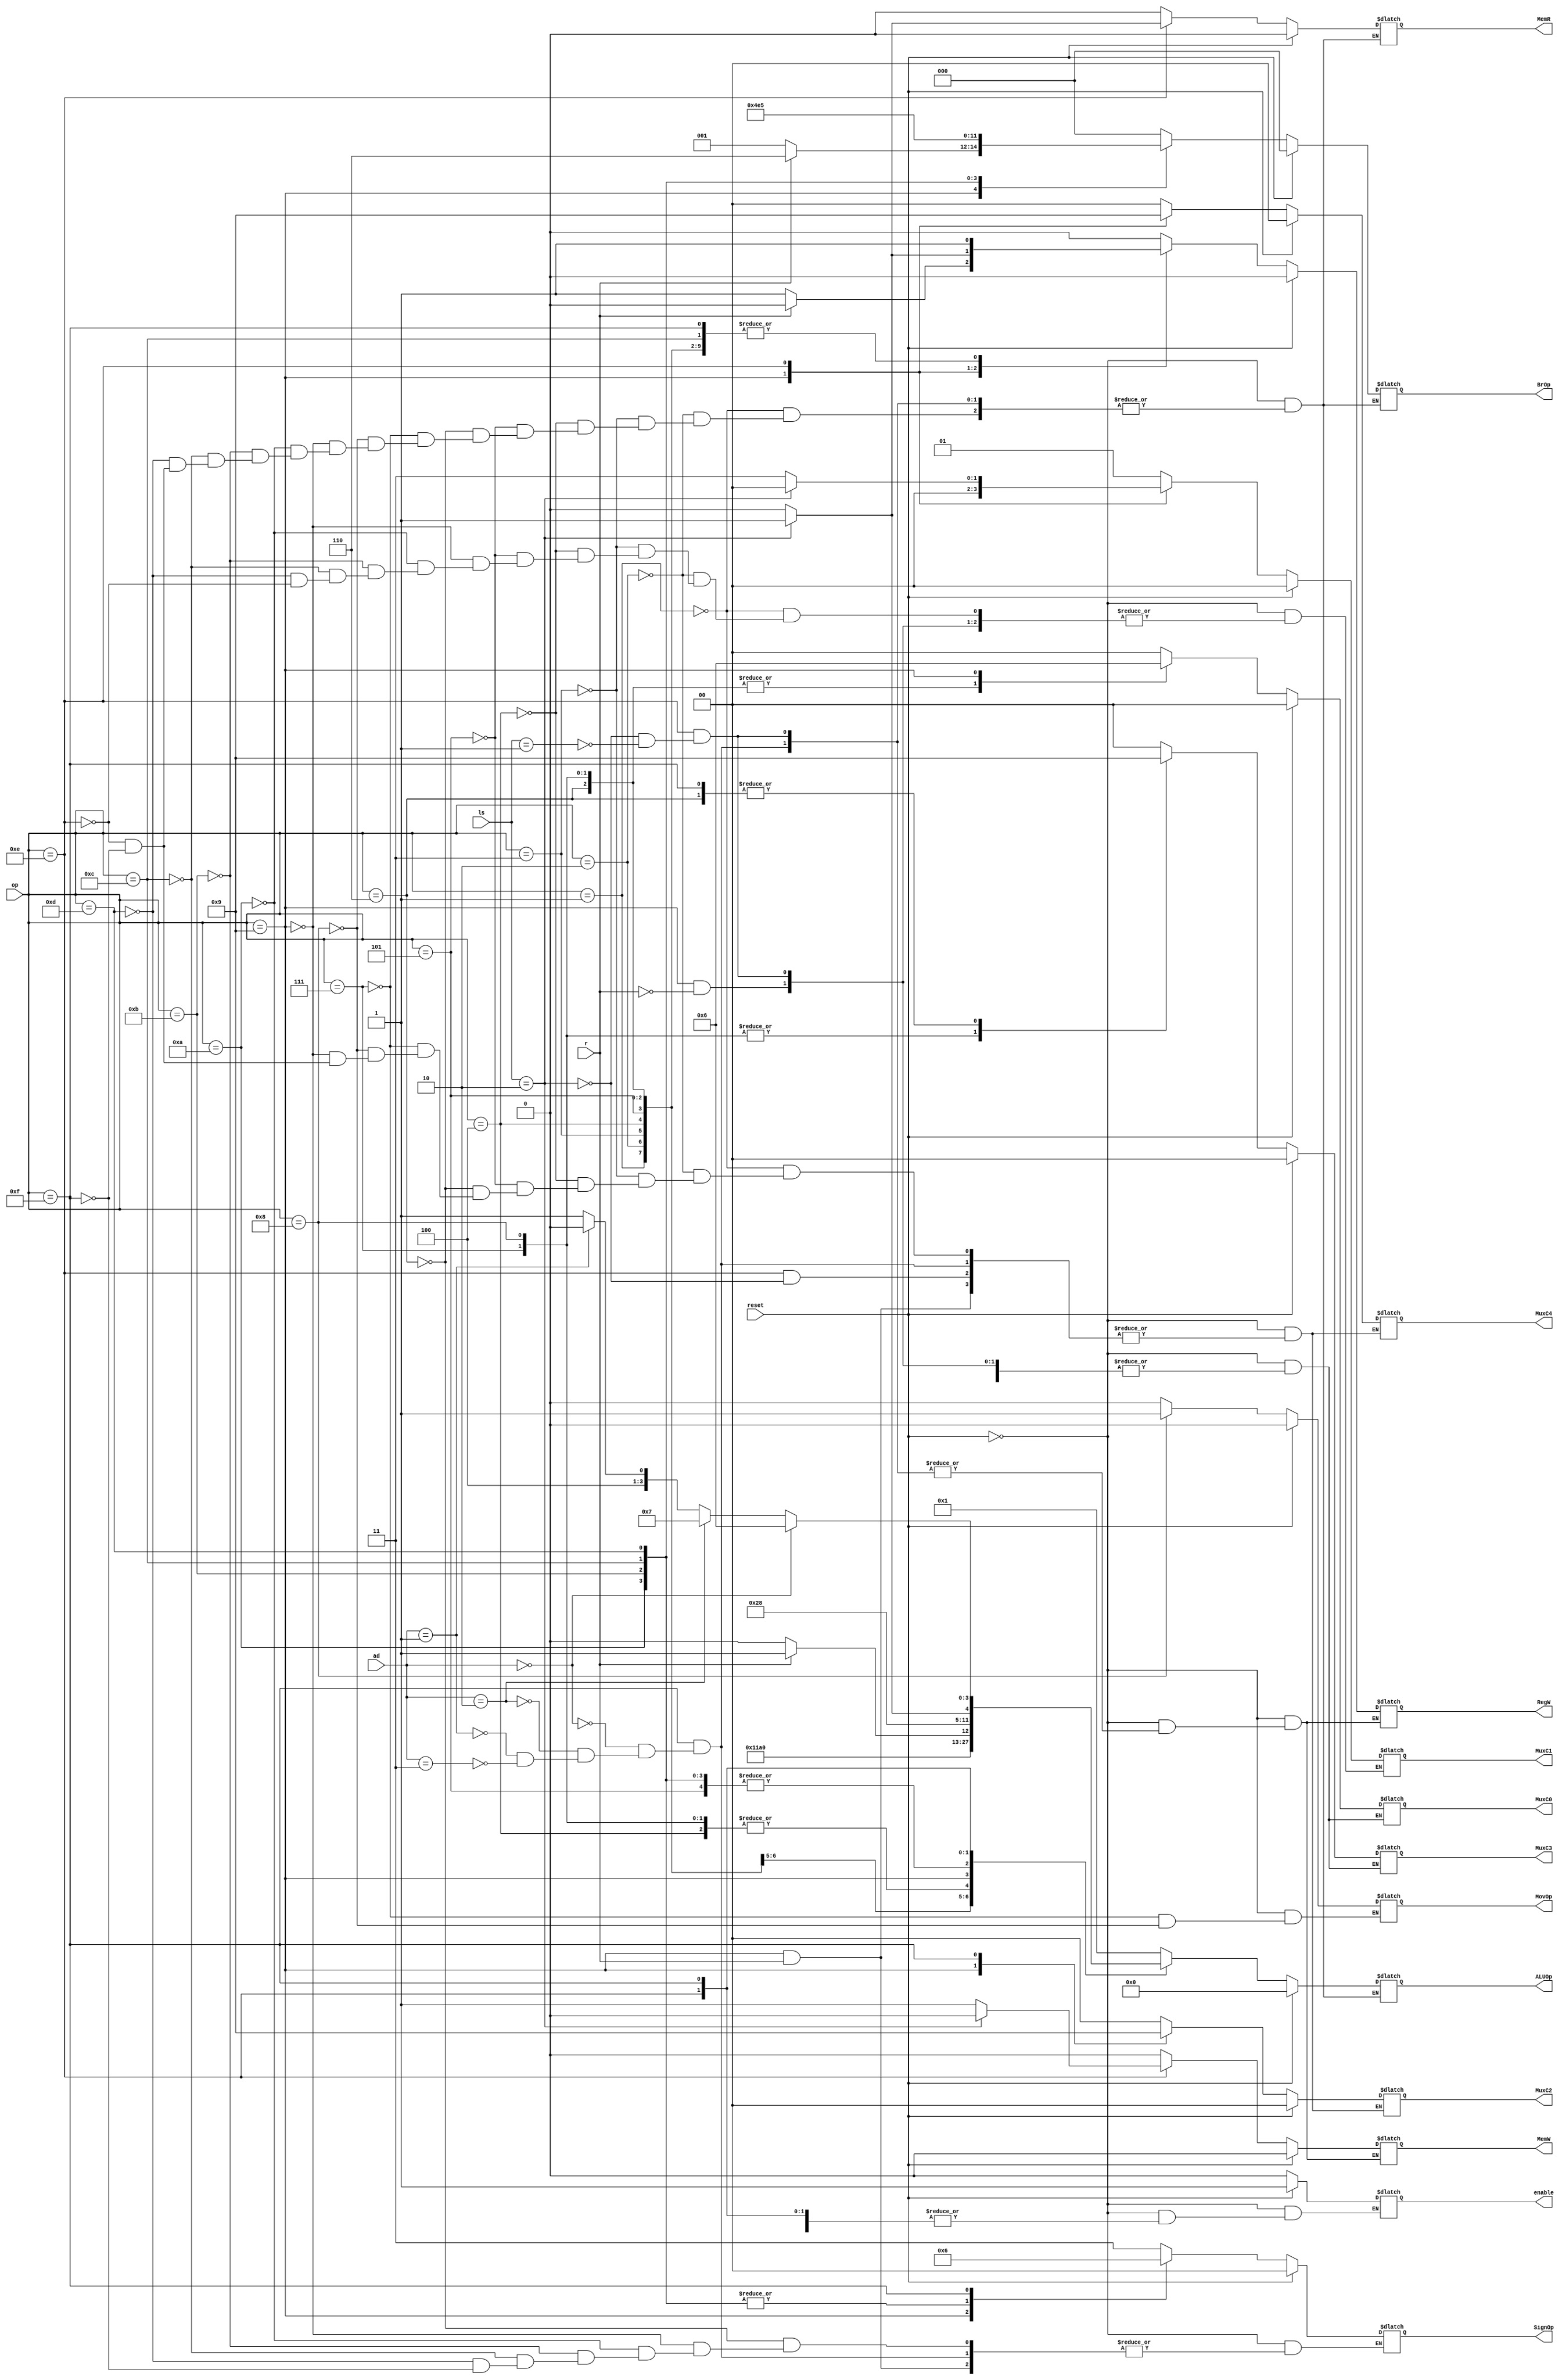
`timescale 1ns / 1ps
//////////////////////////////////////////////////////////////////////////////////
// Company: 
// Engineer: 
// 
// Design Name: 
// Module Name: control
// Project Name: 
// Target Devices: 
// Tool Versions: 
// Description: 
// 
// Dependencies: 
// 
// Revision:
// Revision 0.01 - File Created
// Additional Comments:
// 
//////////////////////////////////////////////////////////////////////////////////


module control(reset, op, r, ls, ad, RegW, MemR, MemW, enable, BrOp, ALUOp, MovOp, SignOp, MuxC0, MuxC1, MuxC2, MuxC3, MuxC4);
    input [3:0] op;
    input r, reset;
    input [1:0] ls, ad;
    output reg [1:0] SignOp = 0, MuxC0 = 0, MuxC1 = 0, MuxC2 = 0, MuxC3 = 0, MuxC4 = 0;
    output reg MovOp = 0, RegW = 0, MemW = 0, MemR = 0;
    output reg [2:0] BrOp = 0;
    output reg [3:0] ALUOp = 0;
    output reg enable = 1;
    
    always @ (op or r or ls or ad or reset)
    begin
        if (reset)
        begin
            SignOp = 0; MuxC0 = 0; MuxC1 = 0; MuxC2 = 0; MuxC3 = 0; MuxC4 = 0;
            MovOp = 0; RegW = 0; MemW = 0; MemR = 0;
            BrOp = 0; ALUOp = 0; enable = 1;
        end
        else
        begin
            case(op)
                4'b0000: begin
                            RegW = 0;
                            MemW = 0;
                            enable = 0;
                         end
                4'b0001: begin
                        RegW <= 1'b1;
                        MemR <= 1'b0;
                        MemW <= 1'b0;
                        BrOp <= 3'b000;
                        ALUOp <= 4'b0001;
                        MuxC0 <= 2'b00;
                        MuxC1 <= 2'b01;
                        MuxC2 <= 2'b00;
                        MuxC3 <= 2'b00;
                        MuxC4 <= 2'b00;
                      end
                4'b0010: begin
                        RegW <= 1'b1;
                        MemR <= 1'b0;
                        MemW <= 1'b0;
                        BrOp <= 3'b000;
                        ALUOp <= 4'b0010;
                        MuxC0 <= 2'b00;
                        MuxC1 <= 2'b01;
                        MuxC2 <= 2'b00;
                        MuxC3 <= 2'b00;
                        MuxC4 <= 2'b00;
                      end
                4'b0011: begin
                        RegW <= 1'b1;
                        MemR <= 1'b0;
                        MemW <= 1'b0;
                        BrOp <= 3'b000;
                        ALUOp <= 4'b0011;
                        MuxC0 <= 2'b00;
                        MuxC1 <= 2'b01;
                        MuxC2 <= 2'b00;
                        MuxC3 <= 2'b00;
                        MuxC4 <= 2'b00;
                      end
                4'b0100: begin
                        RegW <= 1'b1;
                        MemR <= 1'b0;
                        MemW <= 1'b0;
                        BrOp <= 3'b000;
                        ALUOp <= 4'b0100;
                        MuxC0 <= 2'b00;
                        MuxC1 <= 2'b01;
                        MuxC2 <= 2'b00;
                        MuxC3 <= 2'b00;
                        MuxC4 <= 2'b00;
                      end
                4'b0101: begin
                        RegW <= 1'b1;
                        MemR <= 1'b0;
                        MemW <= 1'b0;
                        BrOp <= 3'b000;
                        ALUOp <= 4'b0101;
                        MuxC0 <= 2'b00;
                        MuxC1 <= 2'b01;
                        MuxC2 <= 2'b00;
                        MuxC3 <= 2'b00;
                        MuxC4 <= 2'b00;
                      end
                4'b0110: begin
                        RegW <= 1'b1;
                        MemR <= 1'b0;
                        MemW <= 1'b0;
                        BrOp <= 3'b000;
                        ALUOp <= 4'b0001;
                        SignOp <= 2'b11;
                        MuxC0 <= 2'b01;
                        MuxC2 <= 2'b00;
                        MuxC3 <= 2'b01;
                        MuxC4 <= 2'b00;
                      end
                4'b0111: begin
                        RegW <= 1'b1;
                        MemR <= 1'b0;
                        MemW <= 1'b0;
                        BrOp <= 3'b000;
                        ALUOp <= 4'b0100;
                        MovOp <= 1'b0;
                        MuxC0 <= 2'b01;
                        MuxC2 <= 2'b00;
                        MuxC3 <= 2'b10;
                        MuxC4 <= 2'b00;
                      end
                4'b1000: begin
                        RegW <= 1'b1;
                        MemR <= 1'b0;
                        MemW <= 1'b0;
                        BrOp <= 3'b000;
                        ALUOp <= 4'b0100;
                        MovOp <= 1'b1;
                        MuxC0 <= 2'b01;
                        MuxC2 <= 2'b00;
                        MuxC3 <= 2'b10;
                        MuxC4 <= 2'b00;
                      end
                4'b1001: begin
                        if (r == 1'b0)
                        begin
                            RegW <= 1'b1;
                            MemR <= 1'b0;
                            MemW <= 1'b0;
                            BrOp <= 3'b001;
                            ALUOp <= 4'b0000;
                            SignOp <= 2'b00;
                            MuxC2 <= 2'b10;
                            MuxC4 <= 2'b10;
                        end
                        else if (r == 1'b1)
                        begin
                            RegW <= 1'b0;
                            MemR <= 1'b0;
                            MemW <= 1'b0;
                            BrOp <= 3'b110;
                            ALUOp <= 4'b0001;
                            MuxC0 <= 2'b10;
                            MuxC1 <= 2'b00;
                            MuxC3 <= 2'b00;
                        end
                      end
                4'b1010: begin
                        RegW <= 1'b0;
                        MemR <= 1'b0;
                        MemW <= 1'b0;
                        BrOp <= 3'b010;
                        ALUOp <= 4'b0101;
                        SignOp <= 2'b01;
                        MuxC0 <= 2'b00;
                        MuxC1 <= 2'b01;
                        MuxC3 <= 2'b00;
                      end
                4'b1011: begin
                        RegW <= 1'b0;
                        MemR <= 1'b0;
                        MemW <= 1'b0;
                        BrOp <= 3'b011;
                        ALUOp <= 4'b0101;
                        SignOp <= 2'b01;
                        MuxC0 <= 2'b00;
                        MuxC1 <= 2'b01;
                        MuxC3 <= 2'b00;
                      end
                4'b1100: begin
                        RegW <= 1'b1;
                        MemR <= 1'b0;
                        MemW <= 1'b0;
                        BrOp <= 3'b100;
                        ALUOp <= 4'b0101;
                        SignOp <= 2'b01;
                        MuxC0 <= 2'b00;
                        MuxC1 <= 2'b01;
                        MuxC3 <= 2'b00;
                      end
                4'b1101: begin
                        RegW <= 1'b0;
                        MemR <= 1'b0;
                        MemW <= 1'b0;
                        BrOp <= 3'b101;
                        ALUOp <= 4'b0101;
                        SignOp <= 2'b01;
                        MuxC0 <= 2'b00;
                        MuxC1 <= 2'b01;
                        MuxC3 <= 2'b00;
                      end
                4'b1110: begin
                        if (ls == 2'b10)
                        begin
                            RegW <= 1'b1;
                            MemR <= 1'b1;
                            MemW <= 1'b0;
                            BrOp <= 3'b000;
                            ALUOp <= 4'b0001;
                            MuxC0 <= 2'b00;
                            MuxC1 <= 2'b00;
                            MuxC2 <= 2'b00;
                            MuxC3 <= 2'b00;
                            MuxC4 <= 2'b01;
                        end
                        else if (ls == 2'b01)
                        begin
                            RegW <= 1'b0;
                            MemR <= 1'b0;
                            MemW <= 1'b1;
                            BrOp <= 3'b000;
                            ALUOp <= 4'b0000;
                            MuxC0 <= 2'b00;
                            MuxC1 <= 2'b11;
                            MuxC3 <= 2'b00;
                        end
                      end
                4'b1111: begin
                        if (ad == 2'b00)
                        begin
                            RegW <= 1'b1;
                            MemR <= 1'b0;
                            MemW <= 1'b0;
                            BrOp <= 3'b000;
                            ALUOp <= 4'b0110;
                            SignOp <= 2'b10;
                            MuxC0 <= 2'b00;
                            MuxC2 <= 2'b01;
                            MuxC3 <= 2'b01;
                            MuxC4 <= 2'b00;
                        end
                        else if (ad == 2'b10)
                        begin
                            RegW <= 1'b1;
                            MemR <= 1'b0;
                            MemW <= 1'b0;
                            BrOp <= 3'b000;
                            ALUOp <= 4'b0111;
                            SignOp <= 2'b10;
                            MuxC0 <= 2'b00;
                            MuxC2 <= 2'b01;
                            MuxC3 <= 2'b01;
                            MuxC4 <= 2'b00;
                        end
                        else if (ad == 2'b01)
                        begin
                            RegW <= 1'b1;
                            MemR <= 1'b0;
                            MemW <= 1'b0;
                            BrOp <= 3'b000;
                            ALUOp <= 4'b1000;
                            SignOp <= 2'b10;
                            MuxC0 <= 2'b00;
                            MuxC2 <= 2'b01;
                            MuxC3 <= 2'b01;
                            MuxC4 <= 2'b00;
                        end
                        else if (ad == 2'b11)
                        begin
                            RegW <= 1'b1;
                            MemR <= 1'b0;
                            MemW <= 1'b0;
                            BrOp <= 3'b000;
                            ALUOp <= 4'b1001;
                            SignOp <= 2'b10;
                            MuxC0 <= 2'b00;
                            MuxC2 <= 2'b01;
                            MuxC3 <= 2'b01;
                            MuxC4 <= 2'b00;
                        end
                      end
            endcase
        end     
    end
endmodule